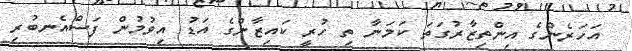
އަހަރެންގެ އިންތިޒާރުގަތަ ކަމަނާ ތި ހުރީ ކައިޒާންގެ އަޑު އިވުމުން ފަސްއެނބުރި